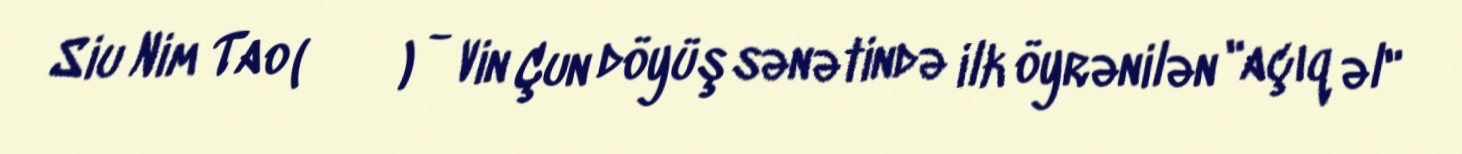
Siu Nim Tao (小念頭) - Vin Çun döyüş sənətində ilk öyrənilən "açıq əl"